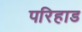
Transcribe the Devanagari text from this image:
परिहाड